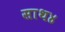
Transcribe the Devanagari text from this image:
साथ४